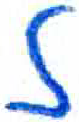
אות: ז